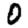
Digit: 0